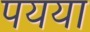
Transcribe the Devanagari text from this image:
पयया